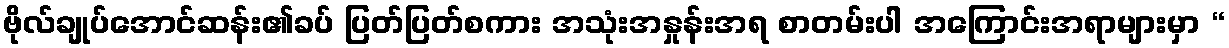
ဗိုလ်ချုပ်အောင်ဆန်း၏ခပ် ပြတ်ပြတ်စကား အသုံးအနှုန်းအရ စာတမ်းပါ အကြောင်းအရာများမှာ “